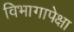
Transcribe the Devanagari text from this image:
विभागापेक्षा